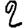
Digit: 2